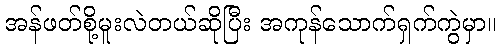
အန်ဖတ်စို့မူးလဲတယ်ဆိုပြီး အကုန်သောက်ရှက်ကွဲမှာ။